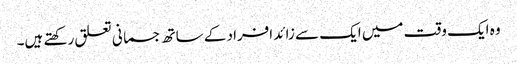
وہ ایک وقت میں ایک سے زائد افراد کے ساتھ جسمانی تعلق رکھتے ہیں۔